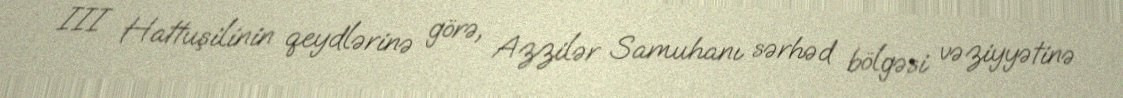
III Hattuşilinin qeydlərinə görə, Azzilər Samuhanı sərhəd bölgəsi vəziyyətinə